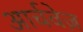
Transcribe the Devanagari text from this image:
आर्चवेज़